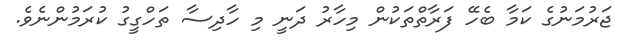
ޖަރުމަނުގެ ކަމާ ބެހޭ ފަރާތްތަކުން މިހާރު ދަނީ މި ހާދިސާ ތަހްގީގު ކުރަމުންނެވެ.